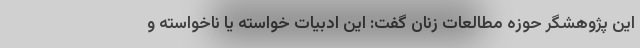
این پژوهشگر حوزه مطالعات زنان گفت: این ادبیات خواسته یا ناخواسته و